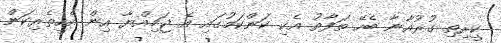
ކީރިތި ގުރުއާނާ ބެހޭ ތަފާތު އެކި ކަންކަމުގައި އެ ޖަމިއްޔާ އިން އެހީތެރިކަން